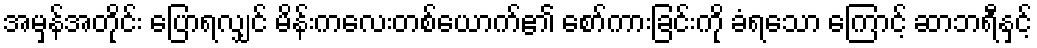
အမှန်အတိုင်း ပြောရလျှင် မိန်းကလေးတစ်ယောက်၏ စော်ကားခြင်းကို ခံရသော ကြောင့် ဆာဘရီနှင့်